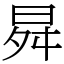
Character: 曻